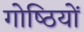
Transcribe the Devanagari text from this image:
गोष्‍ठियों